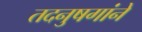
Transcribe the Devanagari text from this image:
तदनुषगांने